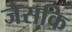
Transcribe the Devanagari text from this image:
जैसकि